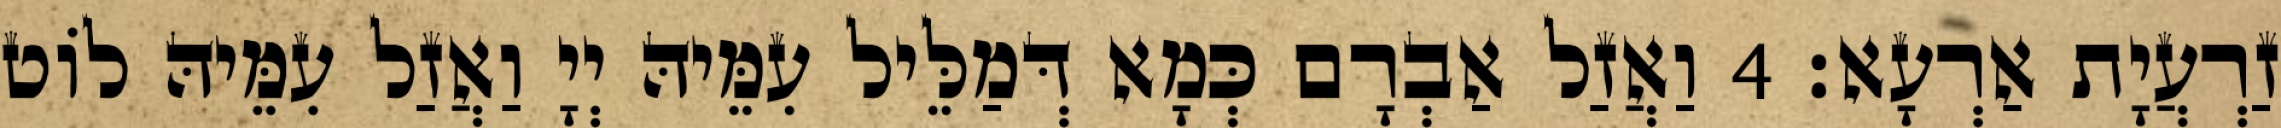
זַרְעֲיָת אַרְעָא׃ 4 וַאֲזַל אַבְרָם כְּמָא דְּמַלֵּיל עִמֵּיהּ יְיָ וַאֲזַל עִמֵּיהּ לוֹט